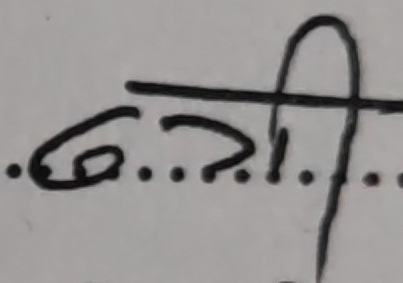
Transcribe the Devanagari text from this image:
६..?..गी...